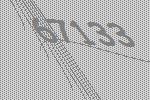
67133